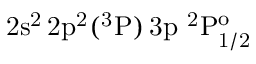
\mathrm { 2 s ^ { 2 } \, 2 p ^ { 2 } ( ^ { 3 } P ) \, 3 p ~ ^ { 2 } P _ { 1 / 2 } ^ { o } }